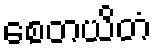
စေတယိတံ